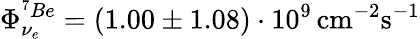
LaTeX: \Phi_{\nu_{e}}^{^7Be}=(1.00\pm 1.08)\cdot 10^{9}\, \mathrm{cm}^{-2}\mathrm{s}^{-1}